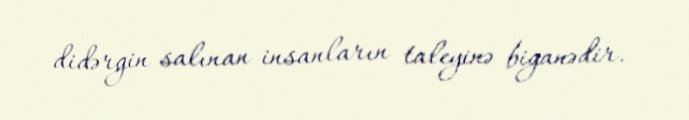
didərgin salınan insanların taleyinə biganədir.